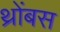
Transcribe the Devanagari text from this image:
थ्रोंबस